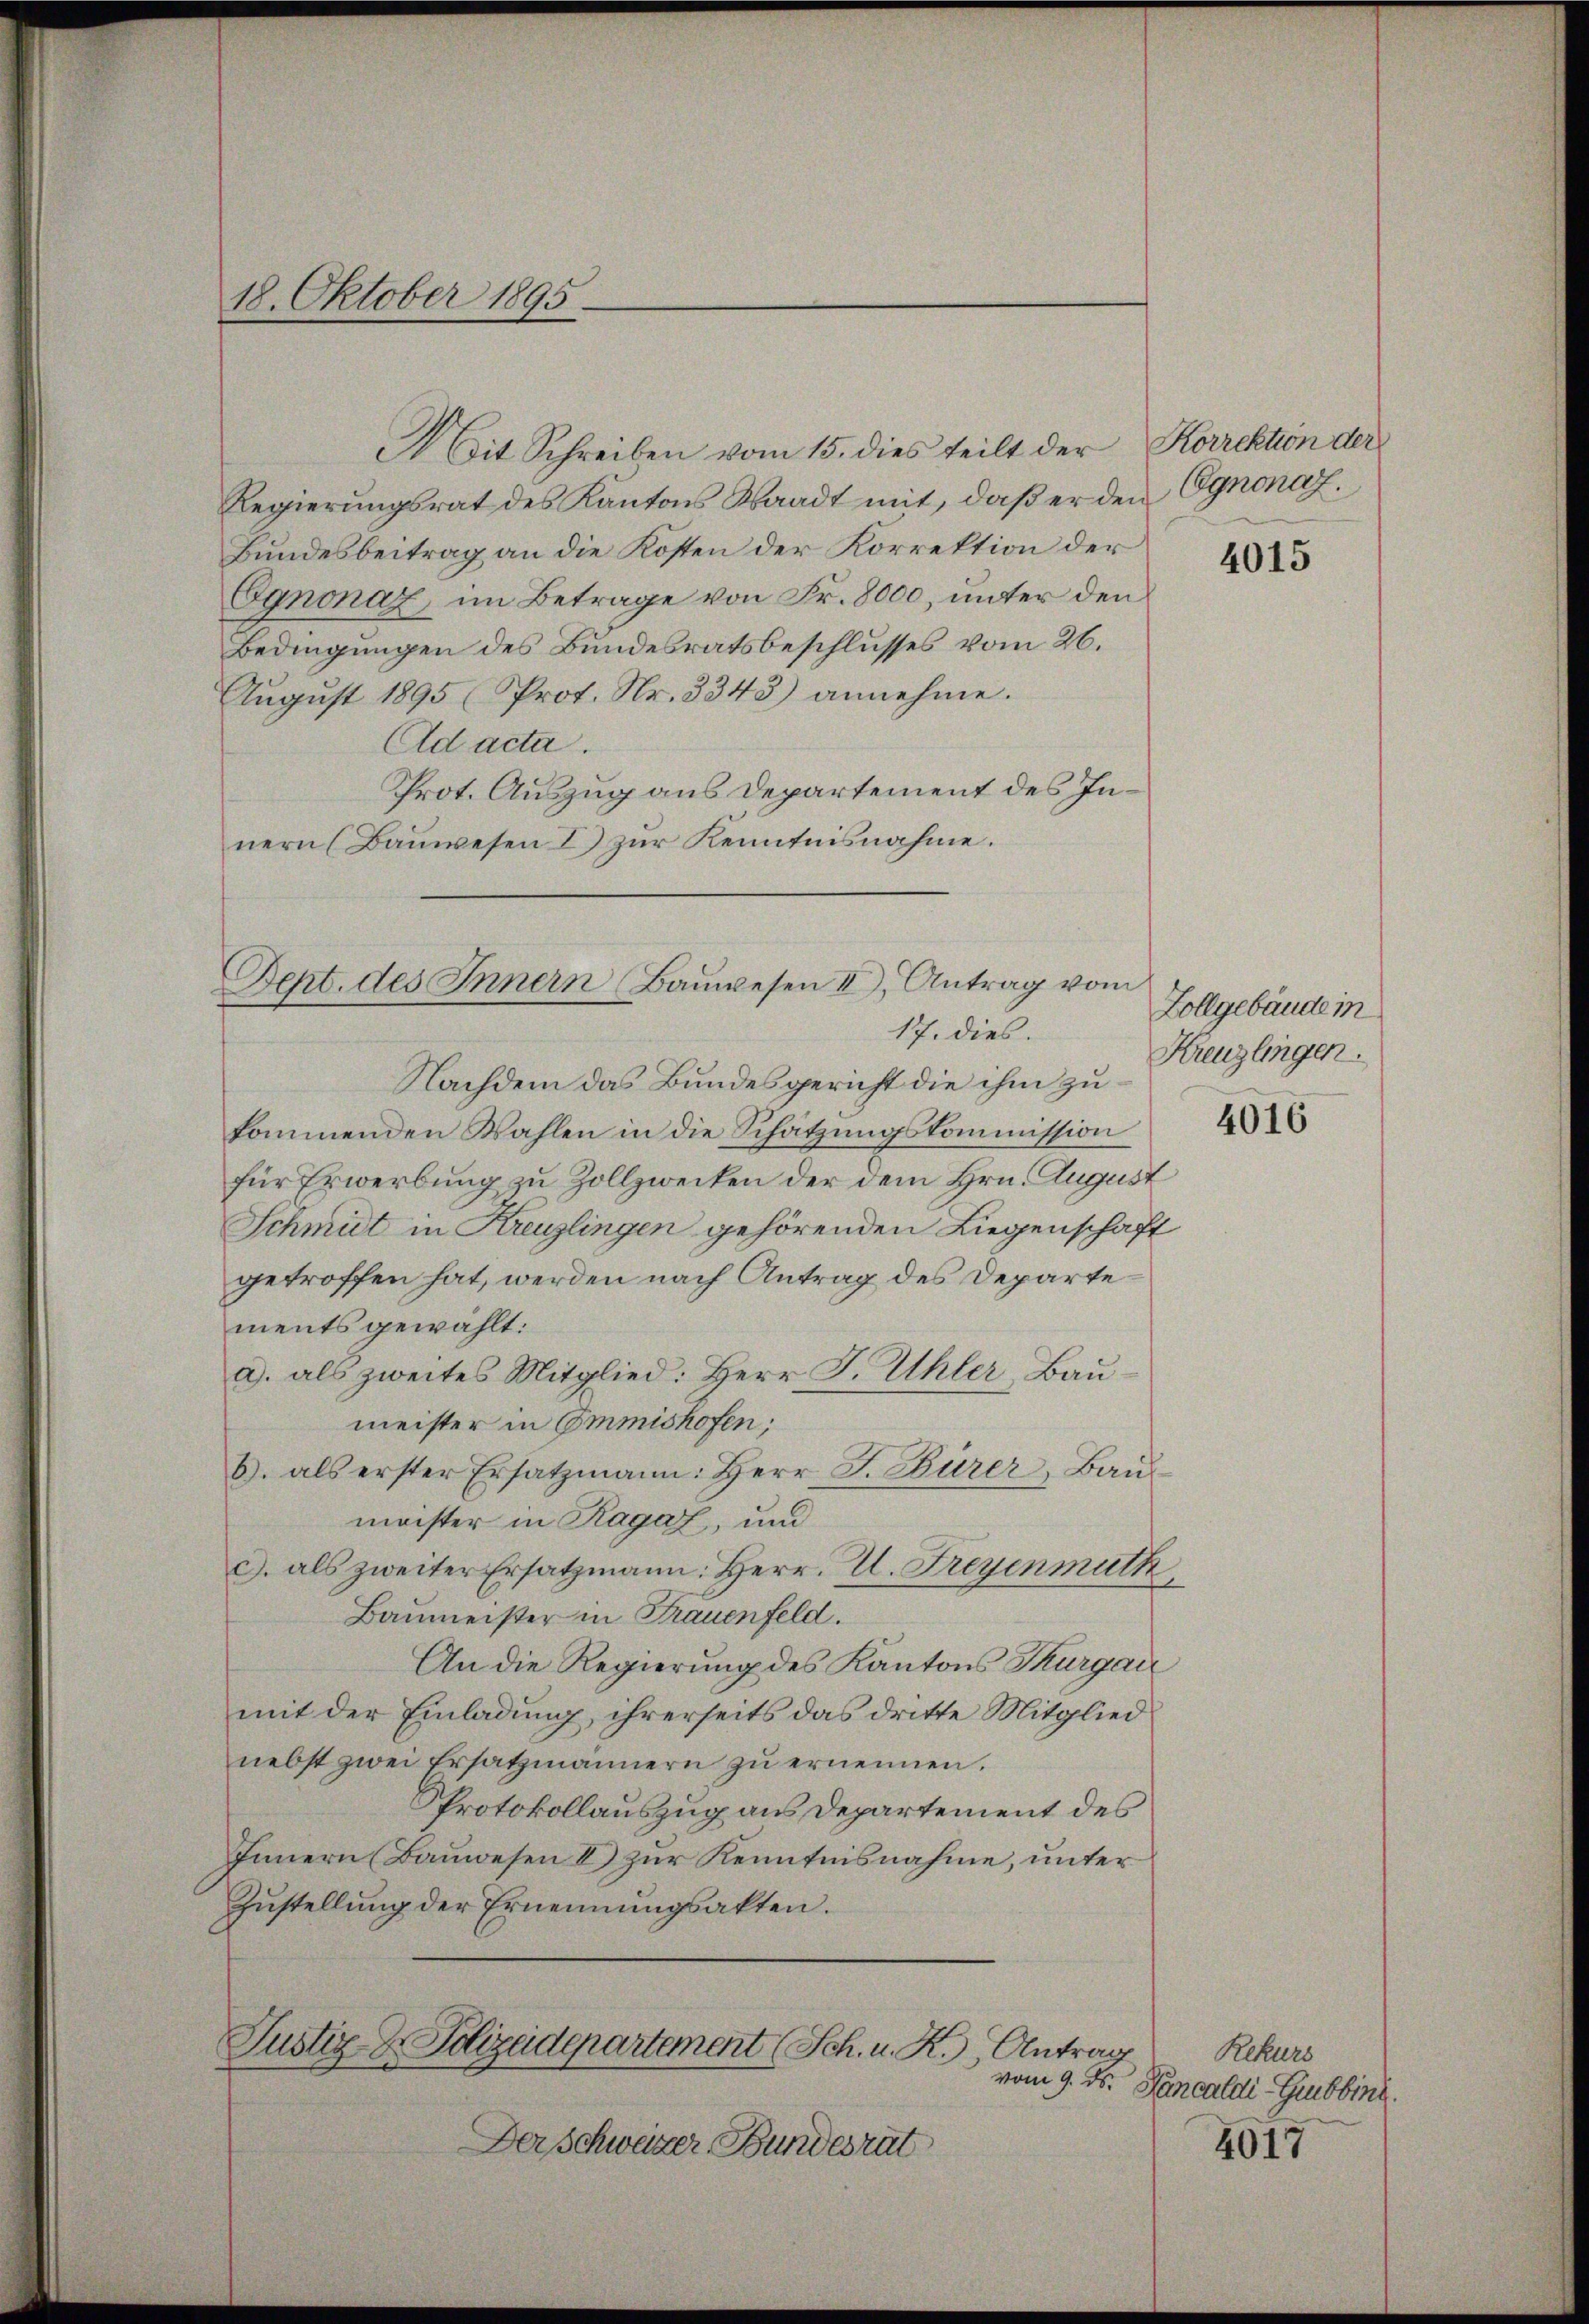
18. Oktober 1895.

Mit Schreiben vom 15. dies teilt der
Regierungsrat des Kantons Waadt mit, daß er den
Bundesbeitrag an die Kosten der Korrektion der
Ognonaz, im Betrage von Fr. 8000, ŭnter den
Bedingungen des Bundesratsbeschlusses vom 26.
August 1895 (Prot. Nr. 3343) annehme.
Ad acta.
Prot. Auszug aus Departement des Innern (Bauwesen I zur Kenntnisnahme.

Dept. des Innern Bauwesen II. Antrag vom
17. dies.

Nachdem das Bundesgericht die ihm zu
kommenden Wahlen in die Schatzŭngskommission
für Erwerbung zu Zollzwecken der dem Hrn. August
Schmut in Kreuzlingen gehörenden Liegenschaft
getroffen hat, werden nach Antrag des Departe
ments gewählt:
a. als zweites Mitglied: Herr J. Uhler Baŭ-
meister in Emmishofen;
b. als erster Ersatzmann: Herr J. Bürer, Baŭ
meister in Ragaz, und
G. als zweiter Ersatzmann: Herr. U. Freyenmuth
Baumeister in Frauenfeld.
An die Regierung des Kantons Thurgau
mit der Einladung, ihrerseits das dritte Mitglied
nebst zwei Ersatzmännern zu ernennen.
PProtokollauszug aus Departement des
Innern (Bauwesen I zur Kenntnisnahme, unter
Zustellung der Ernennungsakten.

Justiz & Polizeidepartement (Sch. u. R., Antrag

Korrektion der
Egnonaf.

Der Schweizer Bundesrat

4015

Zollgebäude in
Kreuzlingen.

Rekurs
vom 9. ds. Hancaldi-Gubbiné.

4017